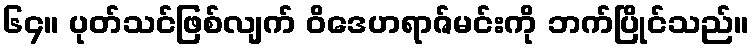
၆၄။ ပုတ်သင်ဖြစ်လျက် ဝိဒေဟရာဇ်မင်းကို ဘက်ပြိုင်သည်။